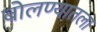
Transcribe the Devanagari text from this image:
बोलण्यातला